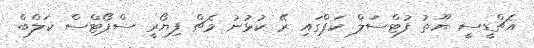
އެޗްޑީސީ ޔޫތު ފުޓްސަލް ކަޕްގައި ރޭ ކުޅުނު މެޗް ފިޔޯރީ ސްޕޯޓްސް ކަލްބް